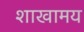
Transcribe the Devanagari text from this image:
शाखामय